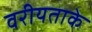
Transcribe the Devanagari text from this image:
वरीयताके